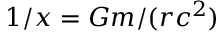
1 / x = G m / ( r c ^ { 2 } )